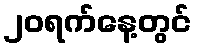
၂၀ရက်နေ့တွင်